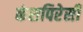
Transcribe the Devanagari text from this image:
कंसपिरेसी